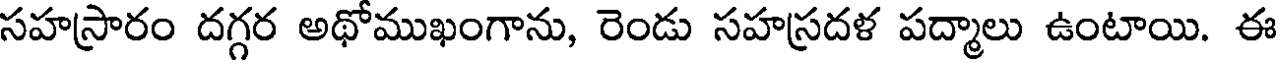
సహస్రారం దగ్గర అథోముఖంగాను, రెండు సహస్రదళ పద్మాలు ఉంటాయి. ఈ